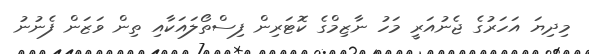
މިދިޔަ އަހަރުގެ ޖެނުއަރީ މަހު ނާޒިމްގެ ކޮޓަރިން ފިސްތޯލައަކާއި ތިން ވަޒަން ފެނުނު